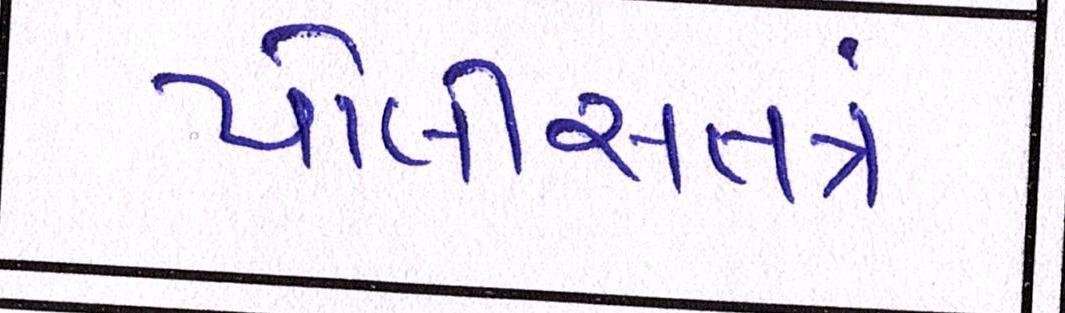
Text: પોલીસતત્રં